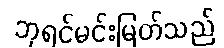
ဘုရင်မင်းမြတ်သည်